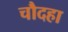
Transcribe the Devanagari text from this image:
चौदहा